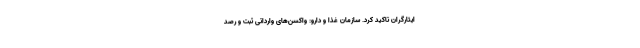
ایثارگران تاکید کرد. سازمان غذا و دارو: واکسن‌های وارداتی ثبت و رصد